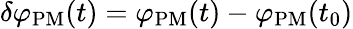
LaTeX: \delta\varphi_{\mathrm{PM}}(t)=\varphi_{\mathrm{PM}}(t)-\varphi_{\mathrm{PM}}(t_{0})